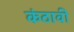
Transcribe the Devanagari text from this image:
कंठावी